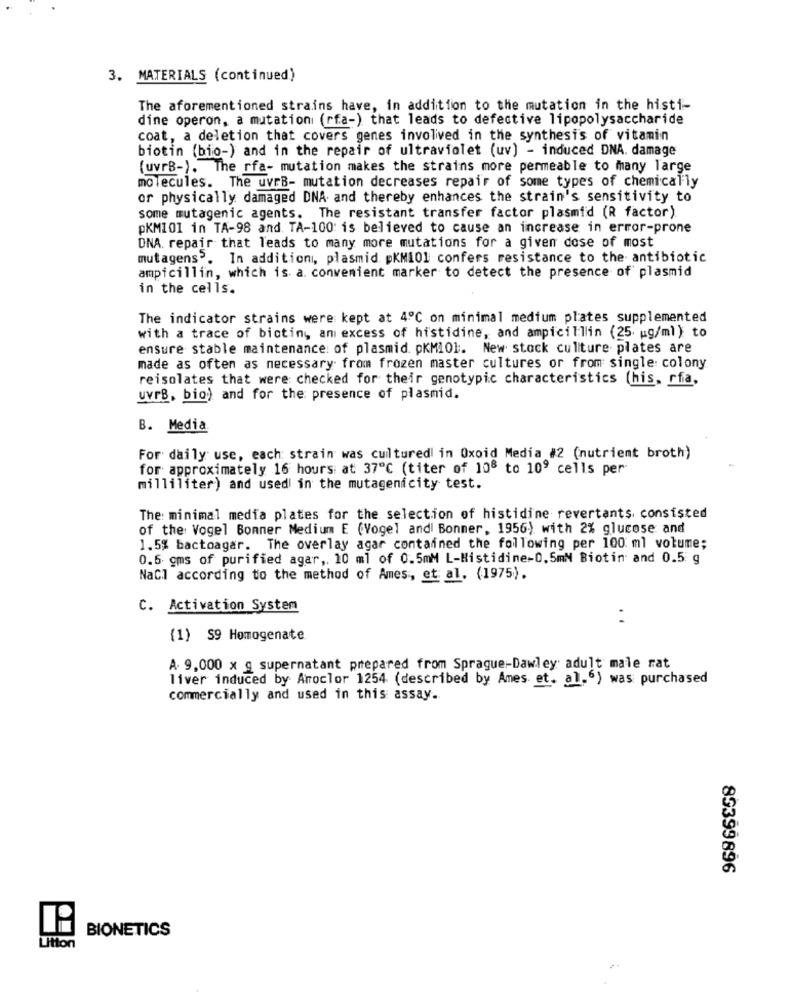
3. MATERIALS (continued)
The aforementioned strains have, in addition to the mutation in the histi-
dine operon, a mutationi (rfa-) that leads to defective lipopolysaccharide
coat, a deletion that covers genes involived in the synthesis of vitamin
biotin (bio-) and in the repair of ultraviolet (uv) - induced DNA. damage
(uvrB-). The rfa- mutation makes the strains more permeable to many large
molecules. The uvrB- mutation decreases repair of some types of chemically
or physically damaged DNA and thereby enhances the strain's sensitivity to
some mutagenic agents. The resistant transfer factor plasmid (R factor)
pKM101 in TA-98 and. TA-100: is believed to cause an increase in error-prone
DNA repair that leads to many more mutations for a given dose of most
mutagens>. In addition, plasmid pKM101 confers resistance to the antibiotic
ampicillin, which is a. convenient marker to detect the presence of plasmid
in the cells.
The indicator strains were kept at 4℃ on minimal medium plates supplemented
with a trace of biotiny an excess of histidine, and ampicillin (25. ug/ml ) to
ensure stable maintenance of plasmid. pKMIO1. New stock culture plates are
made as often as necessary from frozen master cultures or from single: colony
reisolates that were checked for their genotypic characteristics (his, rfa.
uvrB, bio) and for the presence of plasmid.
B. Media
For daily use, each strain was cultured in Oxoid Media #2 (nutrient broth)
for approximately 16 hours at 37℃ (titer of 108 to 109 cells per
milliliter) and used in the mutagenicity test.
The: minimal media plates for the selection of histidine revertants consisted
of the Vogel Bonner Medium E (Vogel and Bonmer, 1956) with 2% glucose and
1.5% bactoagar. The overlay agar contained the following per 100 ml volume;
0.5 cms of purified agar ,. 10 ml of 0.5mM L-Histidine-0,5ml Biotin and 0.5 g
NaCl according to the method of Ames, et al. (1975).
C. Activation System
(1) S9 Homogenate
A. 9,000 x g supernatant prepared from Sprague-Dawley adult male rat
liver induced by Aroclor 1254 (described by Ames et. al.6) was purchased
commercially and used in this assay.
89399896
P:
BIONETICS
Litton
.